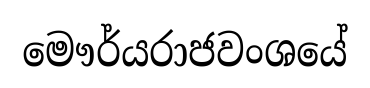
මෞර්යරාජවංශයේ